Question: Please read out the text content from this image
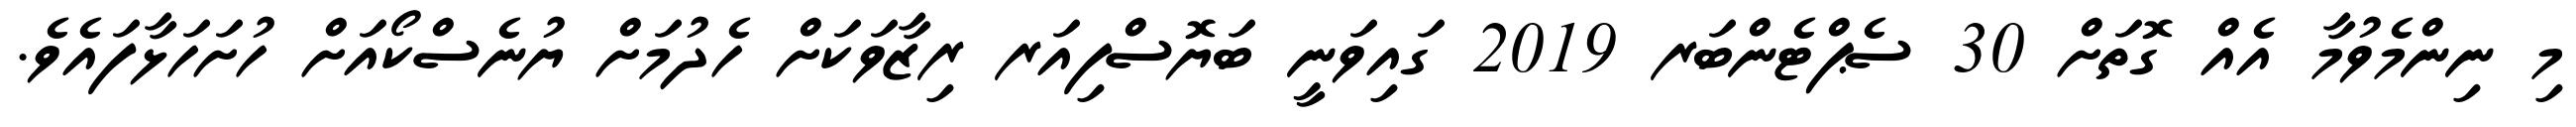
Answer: މި ނިންމެވުމާ އެއް ގޮތަށް 30 ސެޕްޓެންބަރ 2019 ގައިވަނީ ބަޔޮސްފިއަރ ރިޒާވަކަށް ހެދުމަށް ޔުނެސްކޯއަށް ހުށަހަޅާފައެވެ.